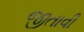
જીતાવી